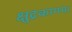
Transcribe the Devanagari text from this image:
क्षुद्रकागम।